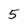
Character: 5